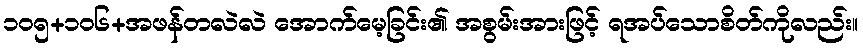
၁၀၅+၁၀၆+အဖန်တလဲလဲ အောက်မေ့ခြင်း၏ အစွမ်းအားဖြင့် ရအပ်သောစိတ်ကိုလည်း။